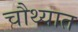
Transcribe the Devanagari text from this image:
चौथ्यात